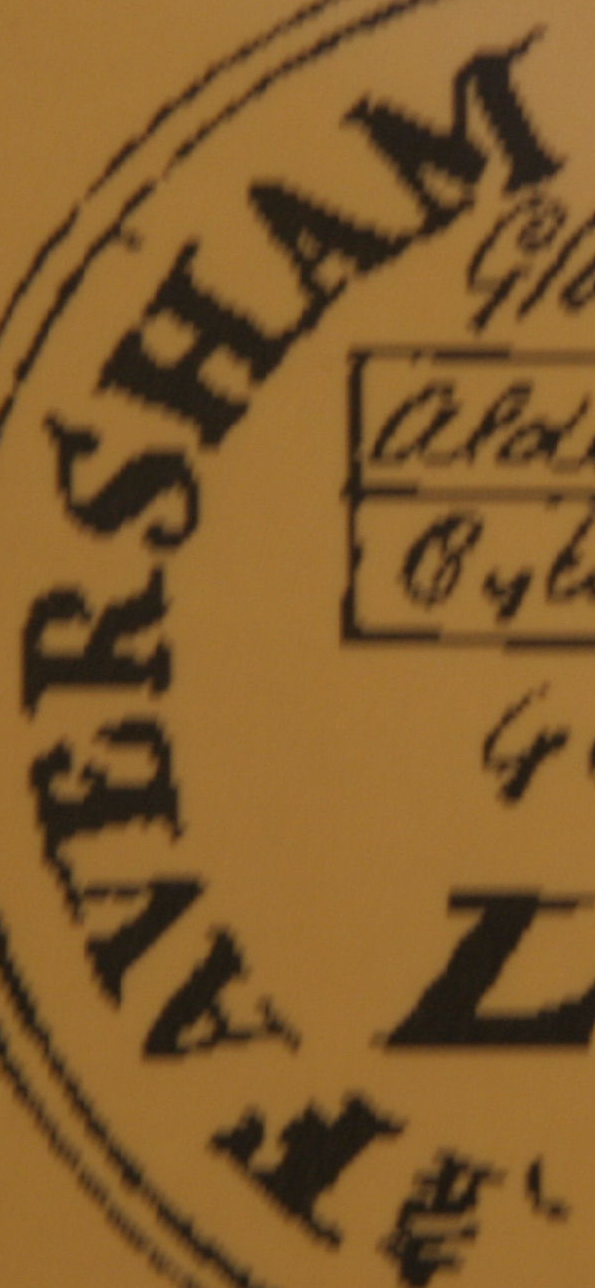
FAVERSHAM